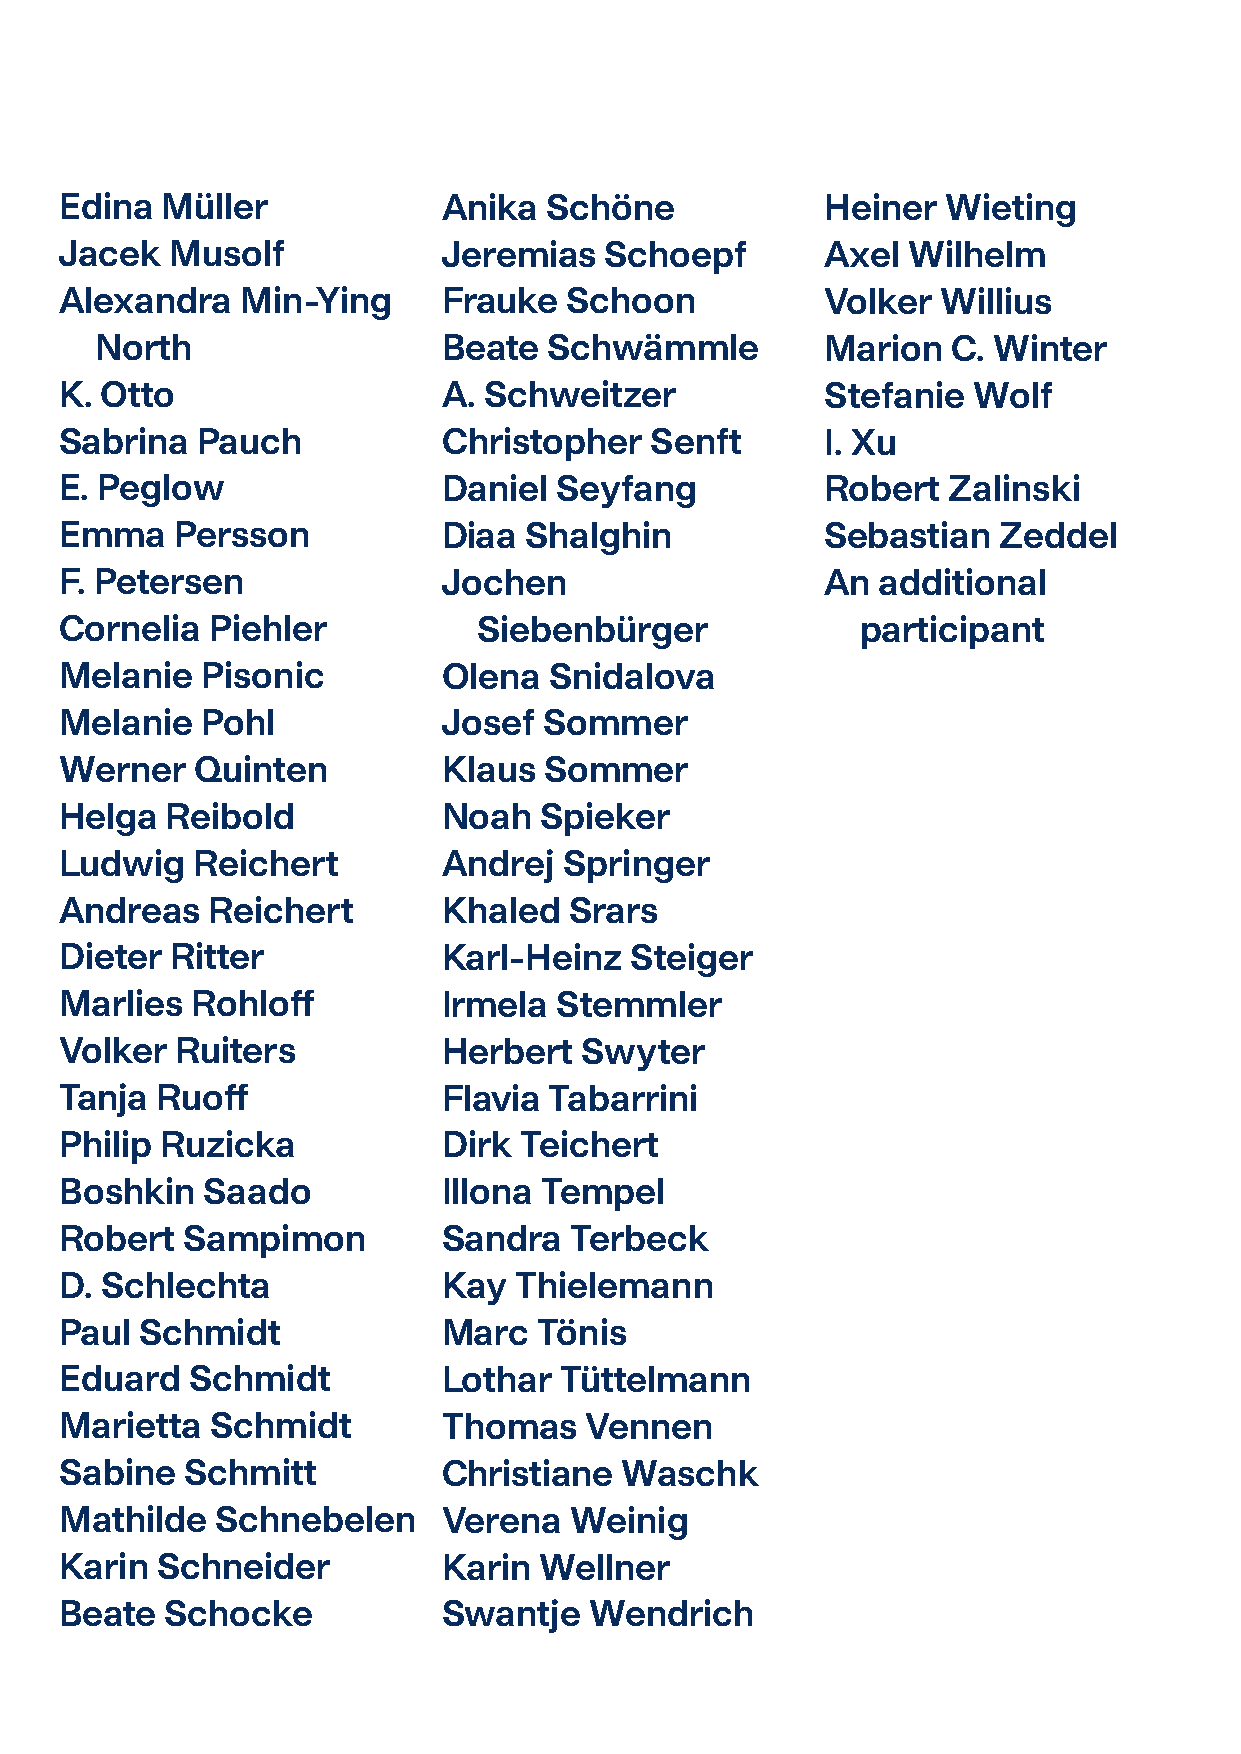
Edina  Müller            Anika  Schöne             Heiner  Wieting
 Jacek  Musolf            Jeremias   Schoepf        Axel Wilhelm
 Alexandra   Min-Ying     Frauke  Schoon            Volker Willius
 North                  Beate  Schwämmle          Marion  C. Winter
 K. Otto                  A. Schweitzer             Stefanie Wolf
 Sabrina  Pauch           Christopher   Senft       I. Xu
 E. Peglow                Daniel  Seyfang           Robert  Zalinski
 Emma    Persson          Diaa  Shalghin            Sebastian  Zeddel
 F. Petersen              Jochen                    An additional
 Cornelia  Piehler           Siebenbürger             participant
 Melanie  Pisonic         Olena  Snidalova
 Melanie  Pohl            Josef  Sommer
 Werner   Quinten         Klaus  Sommer
 Helga  Reibold           Noah   Spieker
 Ludwig   Reichert        Andrej  Springer
 Andreas   Reichert       Khaled   Srars
 Dieter Ritter            Karl-Heinz   Steiger
 Marlies  Rohloff         Irmela  Stemmler
 Volker  Ruiters          Herbert  Swyter
 Tanja Ruoff              Flavia Tabarrini
 Philip Ruzicka           Dirk Teichert
 Boshkin  Saado           Illona Tempel
 Robert  Sampimon         Sandra   Terbeck
 D. Schlechta             Kay  Thielemann
 Paul Schmidt             Marc   Tönis
 Eduard  Schmidt          Lothar  Tüttelmann
 Marietta  Schmidt        Thomas    Vennen
 Sabine  Schmitt          Christiane  Waschk
 Mathilde  Schnebelen     Verena   Weinig
 Karin Schneider          Karin  Wellner
 Beate  Schocke           Swantje   Wendrich